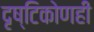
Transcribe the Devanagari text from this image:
दृष्टिकोणही